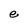
Character: e